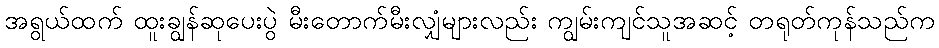
အရွယ်ထက် ထူးချွန်ဆုပေးပွဲ မီးတောက်မီးလျှံများလည်း ကျွမ်းကျင်သူအဆင့် တရုတ်ကုန်သည်က